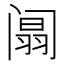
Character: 阘